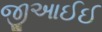
જીઆઈઈ